Civil Veterinary Dept. Assam report 1927-50 - 1927-1950
Year: 1927
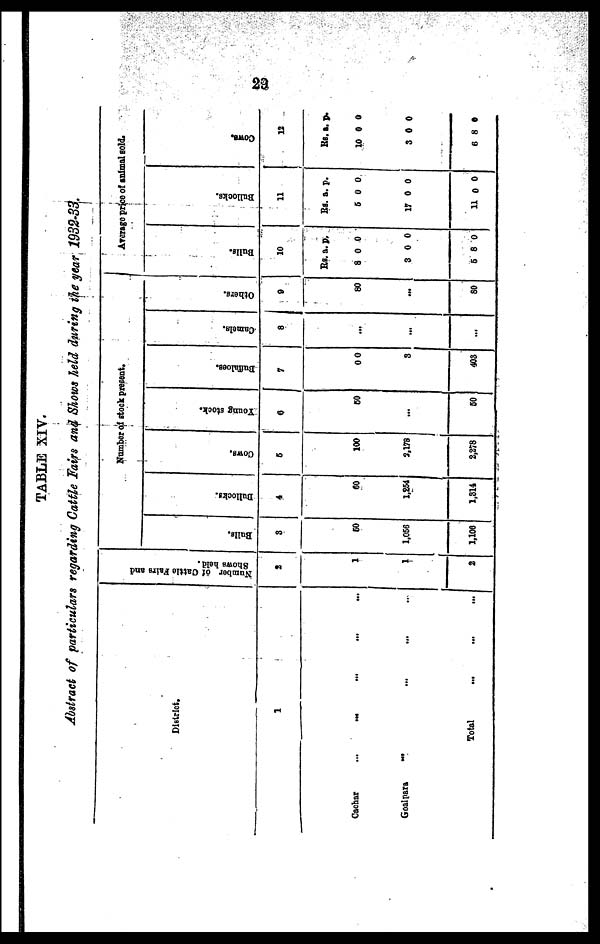
29
TABLE XIV.
Abstract of particulars regarding Cattle Fairs and Shows held during the year 1932'33.
District.
1
Cachar
...
...
...
...
...
Goalpara ... ... ... ...
Total ... ... ...
Number of Cattle Fairs and
Shows held.
2
1
1
2
Number of stock present.
Bulls.
3
50
1,056
1,106
Bullocks.
4
60
1,254
1,314
Cows.
6
100
3,178
2,278
Young stock.
6
50
...
50
Buffaloes.
7
00
3
403
Camels.
8
...
...
...
Others.
9
80
...
80
Average price of animal sold.
Dulls.
10
Rs.
8
3
6
a.
0
0
8
p.
0
0
0
Bullocks.
11
Rs.
6
17
11
a.
0
0
0
p.
0
0
0
Cows .
12
Rs.
10
3
6
a.
0
0
8
p.
0
0
0